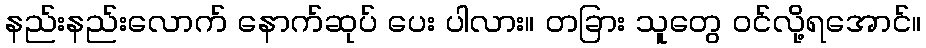
နည်းနည်းလောက် နောက်ဆုပ် ပေး ပါလား။ တခြား သူတွေ ဝင်လို့ရအောင်။